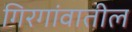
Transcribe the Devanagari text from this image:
गिरगांवातील